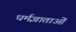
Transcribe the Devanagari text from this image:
धर्मज्ञाताओं